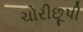
ચોરીછૂપી